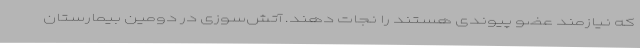
که نیازمند عضو پیوندی هستند را نجات دهند. آتش‌سوزی در دومین بیمارستان